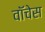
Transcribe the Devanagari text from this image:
वॉचेस